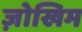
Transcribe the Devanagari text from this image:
ज़ोखिम